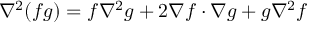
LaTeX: \nabla ^ { 2 } ( f g ) = f \nabla ^ { 2 } g + 2 \nabla f \cdot \nabla g + g \nabla ^ { 2 } f